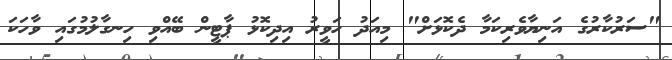
"ސަރުކާރުގެ އަނިޔާވެރިކަމާ ދެކޮޅަށް" މިއަދު ހަވީރު އިދިކޮޅު ޕާޓީން ބޭއްވި ހިނގާލުމުގައި ވާހަކަ